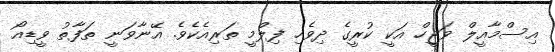
އިސްމާއީލް ވަޖީހް އަކީ ކުރީގެ ދިވެހި ފިލްމީ ތަރިއެކެވެ. އޭނާވަނީ ތަފާތު ވީޑިއޯ